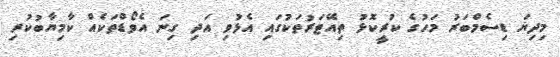
މިދިޔަ ޑިސެމްބަރު މަހުގެ ކުރީކޮޅު ތިއޭޓަރުތަކުގައި އެޅުވި އަދި ގިނަ އެވޯޑްތަކެއް ކާމިޔާބުކުރި